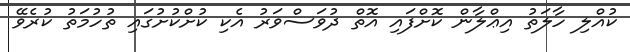
ކުއްލި ހާލަތު އިޢްލާން ކޮށްފައި އޮތް ދުވަސްވަރު އެކި ކުށްކުށުގައި ތުހުމަތު ކުރެވޭ